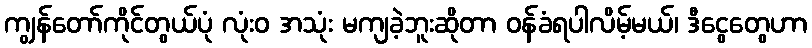
ကျွန်တော်ကိုင်တွယ်ပုံ လုံးဝ အသုံး မကျခဲ့ဘူးဆိုတာ ဝန်ခံရပါလိမ့်မယ်၊ ဒီငွေတွေဟာ